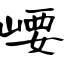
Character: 崾